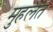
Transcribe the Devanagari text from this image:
मुहलत